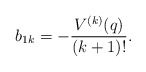
\begin{align*} b_{1k}=- \frac{V^{(k)}(q)}{(k+1)!}.\end{align*}